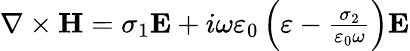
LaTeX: \begin{array}{r}{\nabla\times\textbf H=\sigma_{1}\textbf E+i\omega\varepsilon_{0}\left(\varepsilon-\frac{\sigma_{2}}{\varepsilon_{0}\omega}\right)\textbf E}\end{array}